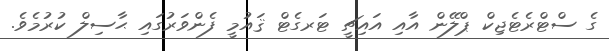
ގެ ސްޓްރެޓެޖިކް ޕްލޭން އާއި އައިޗީ ޓަރގެޓް ޤައުމީ ފެންވަރުގައި ޙާސިލް ކުރުމެވެ.